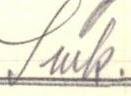
Smk.